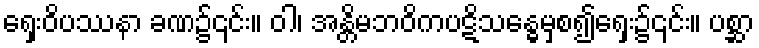
ရှေးဝိပဿနာ ခဏ၌၎င်း။ ဝါ၊ အန္တိမဘဝိကပဋိသန္ဓေမှစ၍ရှေး၌၎င်း။ ပစ္ဆာ